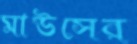
মাউসের